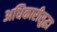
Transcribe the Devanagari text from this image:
अधिकारीसुद्धा